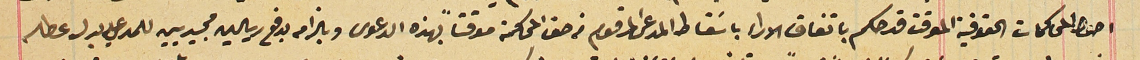
اصول المحاكمات الحقوقية الموقت قد حكم باتفاق الاراء باسَقاط المدعى المرقوم من حق المحاكمة موقتاً بهذه الدعوى وبالزامه بدفع ريالين مجيديين للمدعى عليه بدل عطله